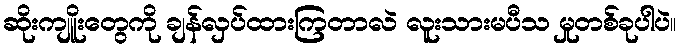
ဆိုးကျိူးတွေကို ချန်လှပ်ထားကြတာလဲ လူးသားမပီသ မှုတစ်ခုပါပဲ။